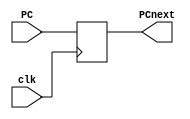
module nextPC(PC, PCnext, clk);

	input clk;
	input [31:0] PC;
	output reg [31:0] PCnext;

	always @(posedge clk)
	begin
		PCnext = PC;
	end

endmodule